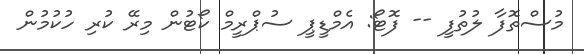
މުސްތޮފާ ލުތުފީ -- ފޮޓޯ: އެމްޑީޕީ ސުޕްރީމް ކޯޓުން މިރޭ ކުރި ހުކުމުން